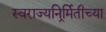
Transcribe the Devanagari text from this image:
स्वराज्यनिर्र्मितीच्या